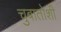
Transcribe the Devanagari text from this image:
चुबातोशी